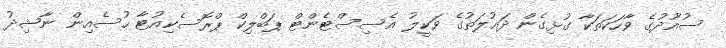
ސުއޫދުގެ ވާހަކަތަކާ ގުޅިގެން ދައުލަތުގެ ވަކީލު އެސިސްޓެންޓް ޕަބްލިކް ޕްރޮސެކިއުޓާ ހުސެއިން ނާޝިދު